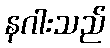
နဂါးသည်